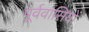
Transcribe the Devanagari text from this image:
पूर्ववासियों